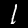
Digit: 1